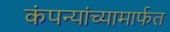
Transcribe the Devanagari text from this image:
कंपन्यांच्यामार्फत